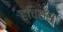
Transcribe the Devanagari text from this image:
हचिसंस